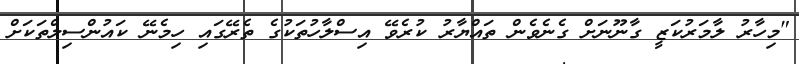
"މިހާރު ލާމަރުކަޒީ ގާނޫނަށް ގެނެވެން ތައްޔާރު ކުރެވޭ އިސްލާހުތަކުގެ ތެރޭގައި ހިމެނޭ ކައުންސިލްތަކަށް